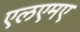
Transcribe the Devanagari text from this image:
एलएमए